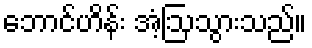
ဘောင်ဟိန်း အံ့ဩသွားသည်။